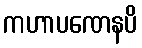
ကဟာပဏေနပိ